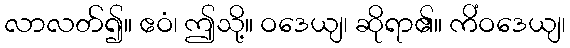
လာလတ်၍။ ဧဝံ၊ ဤသို့။ ဝဒေယျ၊ ဆိုရာ၏။ ကိံဝဒေယျ၊